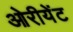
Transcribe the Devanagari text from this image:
ओरीयेंट